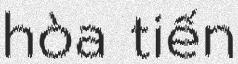
hòa tiến